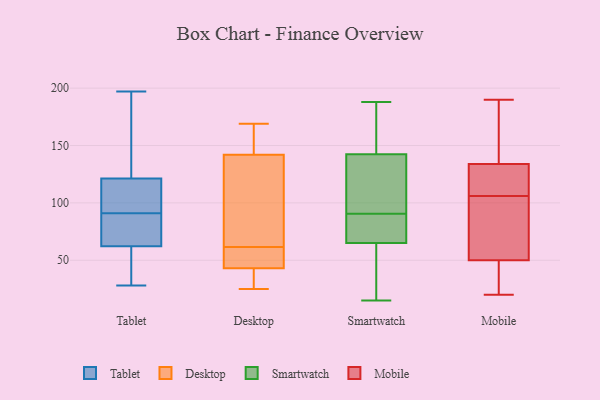
{"axis": {"x": "Inventory Turnover", "y": "Value"}, "legend": ["Desktop", "Mobile", "Smartwatch", "Tablet"], "data": [{"x": "", "y": 116, "type": "Tablet"}, {"x": "", "y": 56, "type": "Tablet"}, {"x": "", "y": 197, "type": "Tablet"}, {"x": "", "y": 90, "type": "Tablet"}, {"x": "", "y": 81, "type": "Tablet"}, {"x": "", "y": 153, "type": "Tablet"}, {"x": "", "y": 91, "type": "Tablet"}, {"x": "", "y": 123, "type": "Tablet"}, {"x": "", "y": 28, "type": "Tablet"}, {"x": "", "y": 103, "type": "Tablet"}, {"x": "", "y": 56, "type": "Tablet"}, {"x": "", "y": 25, "type": "Desktop"}, {"x": "", "y": 160, "type": "Desktop"}, {"x": "", "y": 61, "type": "Desktop"}, {"x": "", "y": 25, "type": "Desktop"}, {"x": "", "y": 105, "type": "Desktop"}, {"x": "", "y": 134, "type": "Desktop"}, {"x": "", "y": 55, "type": "Desktop"}, {"x": "", "y": 43, "type": "Desktop"}, {"x": "", "y": 30, "type": "Desktop"}, {"x": "", "y": 62, "type": "Desktop"}, {"x": "", "y": 53, "type": "Desktop"}, {"x": "", "y": 169, "type": "Desktop"}, {"x": "", "y": 142, "type": "Desktop"}, {"x": "", "y": 146, "type": "Desktop"}, {"x": "", "y": 62, "type": "Smartwatch"}, {"x": "", "y": 81, "type": "Smartwatch"}, {"x": "", "y": 69, "type": "Smartwatch"}, {"x": "", "y": 118, "type": "Smartwatch"}, {"x": "", "y": 105, "type": "Smartwatch"}, {"x": "", "y": 157, "type": "Smartwatch"}, {"x": "", "y": 178, "type": "Smartwatch"}, {"x": "", "y": 70, "type": "Smartwatch"}, {"x": "", "y": 62, "type": "Smartwatch"}, {"x": "", "y": 44, "type": "Smartwatch"}, {"x": "", "y": 165, "type": "Smartwatch"}, {"x": "", "y": 188, "type": "Smartwatch"}, {"x": "", "y": 100, "type": "Smartwatch"}, {"x": "", "y": 128, "type": "Smartwatch"}, {"x": "", "y": 15, "type": "Smartwatch"}, {"x": "", "y": 68, "type": "Smartwatch"}, {"x": "", "y": 91, "type": "Mobile"}, {"x": "", "y": 30, "type": "Mobile"}, {"x": "", "y": 134, "type": "Mobile"}, {"x": "", "y": 129, "type": "Mobile"}, {"x": "", "y": 134, "type": "Mobile"}, {"x": "", "y": 40, "type": "Mobile"}, {"x": "", "y": 80, "type": "Mobile"}, {"x": "", "y": 190, "type": "Mobile"}, {"x": "", "y": 106, "type": "Mobile"}, {"x": "", "y": 20, "type": "Mobile"}, {"x": "", "y": 166, "type": "Mobile"}]}